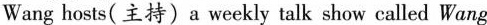
Wang hosts( _主持)a weekly talk show called Wang